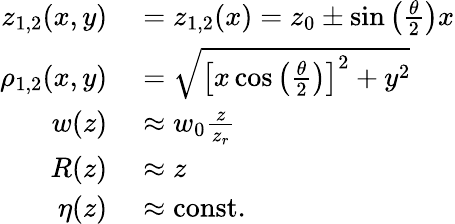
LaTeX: \begin{array}{rl}{z_{1,2}(x,y)}&{{}=z_{1,2}(x)=z_{0}\pm\sin\left(\frac{\theta}{2}\right)x}\\ {\rho_{1,2}(x,y)}&{{}=\sqrt{\left[x\cos\left(\frac{\theta}{2}\right)\right]^{2}+y^{2}}}\\ {w(z)}&{{}\approx w_{0}\frac{z}{z_{r}}}\\ {R(z)}&{{}\approx z}\\ {\eta(z)}&{{}\approx\mathrm{const.}}\end{array}